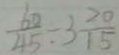
\frac { 6 0 } { 4 5 } - 3 \frac { 2 0 } { 1 5 }